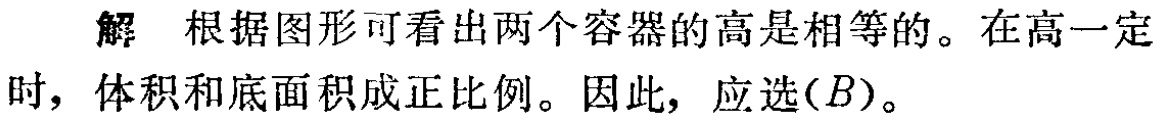
解 根据图形可看出两个容器的高是相等的。在高一定时，体积和底面积成正比例。因此，应选$(B)$。